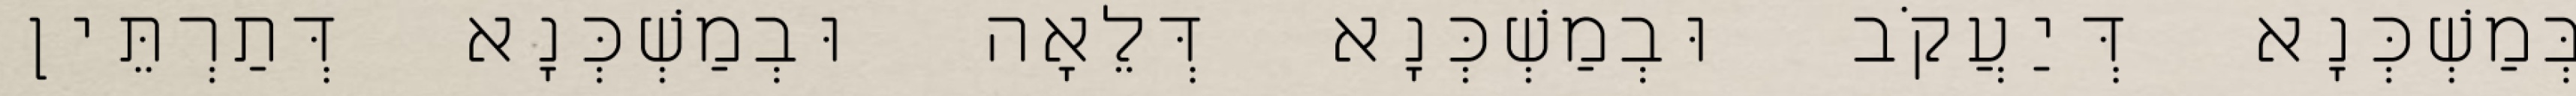
בְּמַשְׁכְּנָא דְּיַעֲקֹב וּבְמַשְׁכְּנָא דְּלֵאָה וּבְמַשְׁכְּנָא דְּתַרְתֵּין